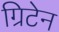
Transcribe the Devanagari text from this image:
ग्रिटेन